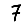
Digit: 7